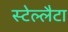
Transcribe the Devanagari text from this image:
स्टेल्लैटा